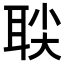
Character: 𬚙